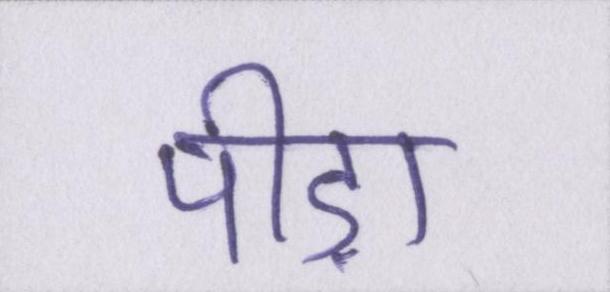
पीड़ा